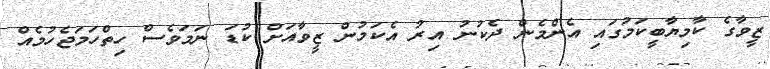
ޒީވާގެ ކާމިޔާބީކަމުގައި އެންމެން ދެކުނު އިރު އެކަމުން ޒީވާއަށް ކުޑަ ނަމަވެސް ހިތްހަމަޖެހުމެއް